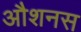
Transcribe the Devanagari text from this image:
औशनस